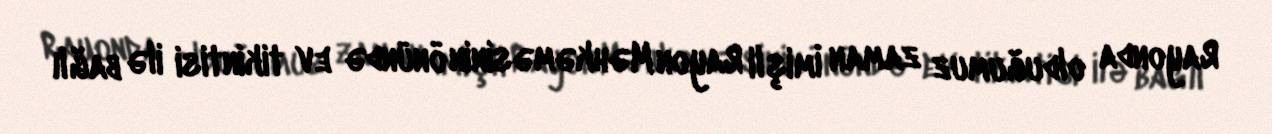
Rayonda olduğumuz zaman İmişli Rayon Məhkəməsinin önündə ev tikintisi ilə bağlı